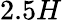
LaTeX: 2.5H